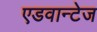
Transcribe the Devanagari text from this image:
एडवान्टेज